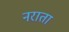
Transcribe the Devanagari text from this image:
नराता